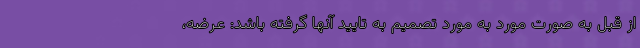
از قبل به صورت مورد به مورد تصمیم به تایید آنها گرفته باشد: عرضه،